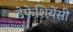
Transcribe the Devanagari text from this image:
डेफेशियेंसी